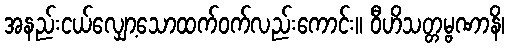
အနည်းငယ်လျှော့သောထက်ဝက်လည်းကောင်း။ ဝီဟိသတ္တမ္ဗဏာနိ၊